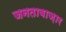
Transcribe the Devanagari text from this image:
जनताबाज़ार